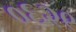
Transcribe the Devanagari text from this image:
०६२९